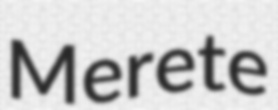
Merete